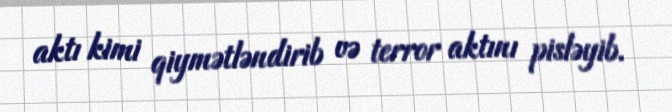
aktı kimi qiymətləndirib və terror aktını pisləyib.